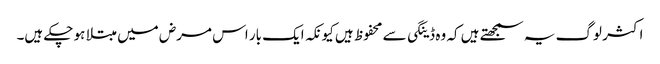
اکثر لوگ یہ سمجھتے ہیں کہ وہ ڈینگی سے محفوظ ہیں کیونکہ ایک بار اس مرض میں مبتلا ہو چکے ہیں۔